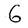
Character: G